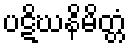
ပဋိဃနိမိတ္တံ